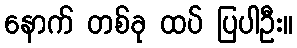
နောက် တစ်ခု ထပ် ပြပါဦး။